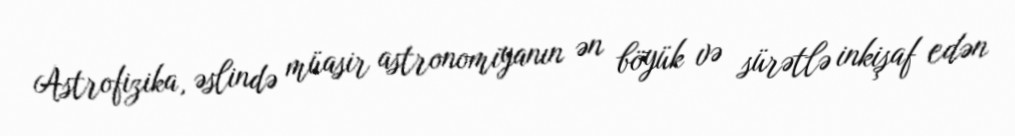
Astrofizika, əslində müasir astronomiyanın ən böyük və sürətlə inkişaf edən